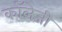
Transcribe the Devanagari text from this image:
कॉलेजी